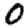
Digit: 0